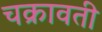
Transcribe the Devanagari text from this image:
चक्रावती